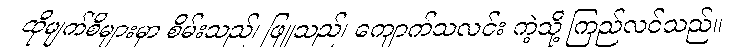
ထိုမျက်စိများမှာ စိမ်းသည်၊ ဖြူသည်၊ ကျောက်သလင်း ကဲ့သို့ ကြည်လင်သည်။